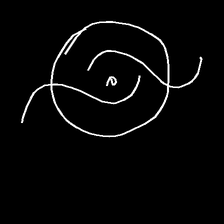
Glyph: repetition